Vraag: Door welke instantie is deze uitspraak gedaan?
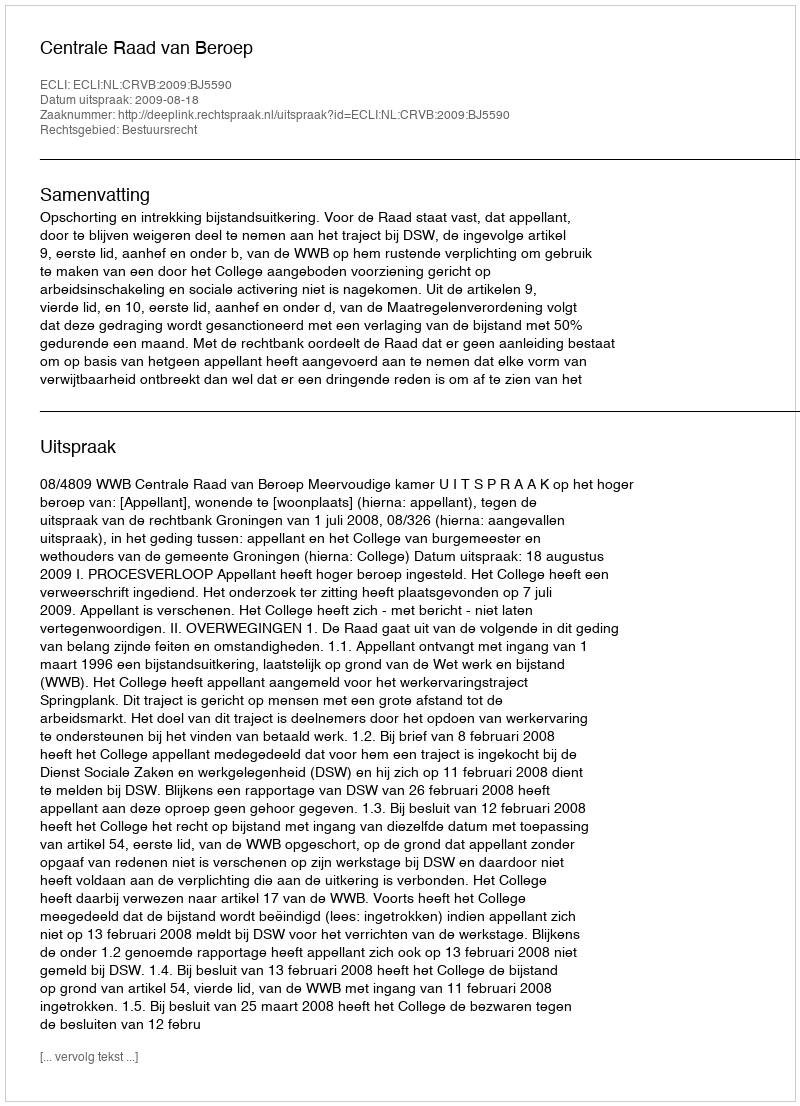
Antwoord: Centrale Raad van Beroep